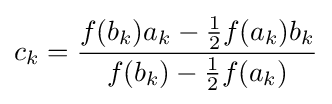
c_{k}={\frac {f(b_{k})a_{k}-{\frac {1}{2}}f(a_{k})b_{k}}{f(b_{k})-{\frac {1}{2}}f(a_{k})}}